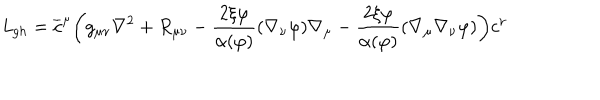
LaTeX: { \it L } _ { g h } = \overline { { c } } ^ { \mu } \biggl ( g _ { \mu \nu } \nabla ^ { 2 } + R _ { \mu \nu } - \frac { 2 \xi \varphi } { \alpha ( \varphi ) } ( \nabla _ { \nu } \varphi ) \nabla _ { \mu } - \frac { 2 \xi \varphi } { \alpha ( \varphi ) } ( \nabla _ { \mu } \nabla _ { \nu } \varphi ) \biggr ) c ^ { \nu }